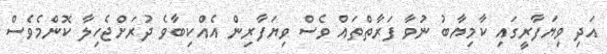
އަދި ވިޔަފާރީގައި ކާމިޔާބު ނުވާ ފަރާތްތައް ވެސް ވިޔަފާރިން އެއްކިބާވެ ދުރަށްޖެހިލާ ކޮންމެވެސް